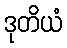
ဒုတိယံ